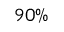
9 0 \%